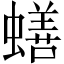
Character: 蟮